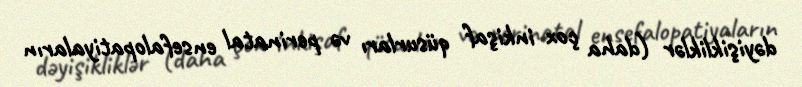
dəyişikliklər (daha çox inkişaf qüsurları və perinatal ensefalopatiyaların